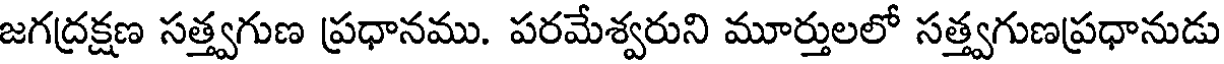
జగద్రక్షణ సత్త్వగుణ ప్రధానము. పరమేశ్వరుని మూర్తులలో సత్త్వగుణప్రధానుడు